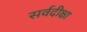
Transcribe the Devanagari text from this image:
सर्वदीक्षा